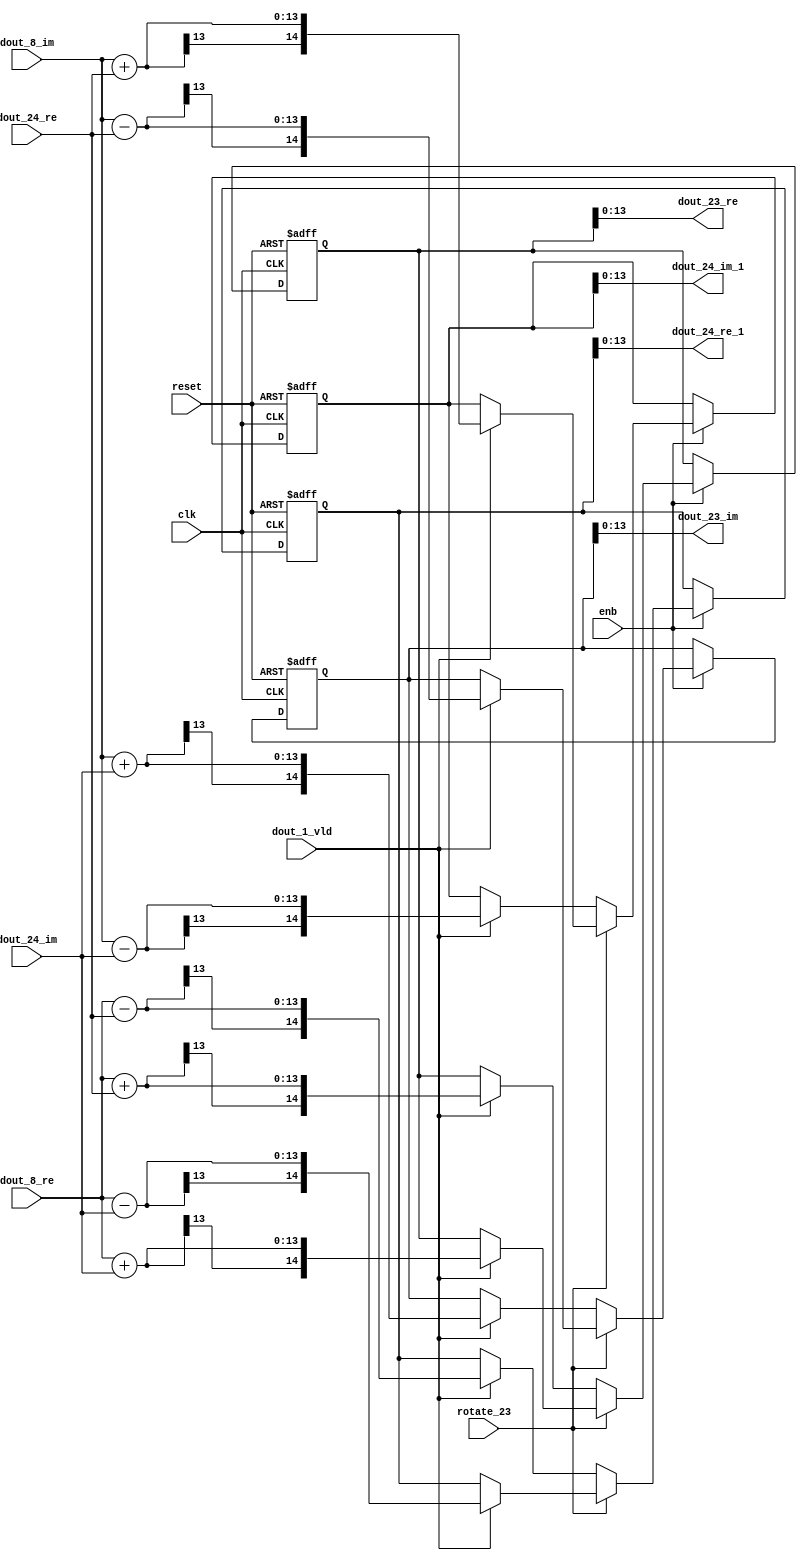
// -------------------------------------------------------------
// 
// 
// Generated by MATLAB 9.14 and HDL Coder 4.1
// 
// -------------------------------------------------------------


// -------------------------------------------------------------
// 
// Module: RADIX22FFT_SDNF2_2_block10
// Source Path: RSP/RSP/Velocity Processor/Doppler Processing/Doppler Processor/FFT/RADIX22FFT_SDNF2_2
// Hierarchy Level: 5
// 
// -------------------------------------------------------------

`timescale 1 ns / 1 ns

module RADIX22FFT_SDNF2_2_block10
          (clk,
           reset,
           enb,
           rotate_23,
           dout_8_re,
           dout_8_im,
           dout_24_re,
           dout_24_im,
           dout_1_vld,
           dout_23_re,
           dout_23_im,
           dout_24_re_1,
           dout_24_im_1);


  input   clk;
  input   reset;
  input   enb;
  input   rotate_23;  // ufix1
  input   signed [12:0] dout_8_re;  // sfix13_En10
  input   signed [12:0] dout_8_im;  // sfix13_En10
  input   signed [12:0] dout_24_re;  // sfix13_En10
  input   signed [12:0] dout_24_im;  // sfix13_En10
  input   dout_1_vld;
  output  signed [13:0] dout_23_re;  // sfix14_En10
  output  signed [13:0] dout_23_im;  // sfix14_En10
  output  signed [13:0] dout_24_re_1;  // sfix14_En10
  output  signed [13:0] dout_24_im_1;  // sfix14_En10


  wire signed [13:0] din1_re;  // sfix14_En10
  wire signed [13:0] din1_im;  // sfix14_En10
  wire signed [13:0] din2_re;  // sfix14_En10
  wire signed [13:0] din2_im;  // sfix14_En10
  reg  Radix22ButterflyG2_NF_din_vld_dly;
  reg signed [14:0] Radix22ButterflyG2_NF_btf1_re_reg;  // sfix15
  reg signed [14:0] Radix22ButterflyG2_NF_btf1_im_reg;  // sfix15
  reg signed [14:0] Radix22ButterflyG2_NF_btf2_re_reg;  // sfix15
  reg signed [14:0] Radix22ButterflyG2_NF_btf2_im_reg;  // sfix15
  reg  Radix22ButterflyG2_NF_din_vld_dly_next;
  reg signed [14:0] Radix22ButterflyG2_NF_btf1_re_reg_next;  // sfix15_En10
  reg signed [14:0] Radix22ButterflyG2_NF_btf1_im_reg_next;  // sfix15_En10
  reg signed [14:0] Radix22ButterflyG2_NF_btf2_re_reg_next;  // sfix15_En10
  reg signed [14:0] Radix22ButterflyG2_NF_btf2_im_reg_next;  // sfix15_En10
  reg signed [13:0] dout_23_re_1;  // sfix14_En10
  reg signed [13:0] dout_23_im_1;  // sfix14_En10
  reg signed [13:0] dout_24_re_2;  // sfix14_En10
  reg signed [13:0] dout_24_im_2;  // sfix14_En10
  reg  dout_2_vld;
  reg signed [14:0] Radix22ButterflyG2_NF_add_cast;  // sfix15_En10
  reg signed [14:0] Radix22ButterflyG2_NF_add_cast_0;  // sfix15_En10
  reg signed [14:0] Radix22ButterflyG2_NF_add_cast_1;  // sfix15_En10
  reg signed [14:0] Radix22ButterflyG2_NF_add_cast_2;  // sfix15_En10
  reg signed [14:0] Radix22ButterflyG2_NF_sub_cast;  // sfix15_En10
  reg signed [14:0] Radix22ButterflyG2_NF_sub_cast_0;  // sfix15_En10
  reg signed [14:0] Radix22ButterflyG2_NF_sub_cast_1;  // sfix15_En10
  reg signed [14:0] Radix22ButterflyG2_NF_sub_cast_2;  // sfix15_En10
  reg signed [14:0] Radix22ButterflyG2_NF_add_cast_3;  // sfix15_En10
  reg signed [14:0] Radix22ButterflyG2_NF_add_cast_4;  // sfix15_En10
  reg signed [14:0] Radix22ButterflyG2_NF_add_cast_5;  // sfix15_En10
  reg signed [14:0] Radix22ButterflyG2_NF_add_cast_6;  // sfix15_En10
  reg signed [14:0] Radix22ButterflyG2_NF_sub_cast_3;  // sfix15_En10
  reg signed [14:0] Radix22ButterflyG2_NF_sub_cast_4;  // sfix15_En10
  reg signed [14:0] Radix22ButterflyG2_NF_sub_cast_5;  // sfix15_En10
  reg signed [14:0] Radix22ButterflyG2_NF_sub_cast_6;  // sfix15_En10


  assign din1_re = {dout_8_re[12], dout_8_re};



  assign din1_im = {dout_8_im[12], dout_8_im};



  assign din2_re = {dout_24_re[12], dout_24_re};



  assign din2_im = {dout_24_im[12], dout_24_im};



  // Radix22ButterflyG2_NF
  always @(posedge clk or posedge reset)
    begin : Radix22ButterflyG2_NF_process
      if (reset == 1'b1) begin
        Radix22ButterflyG2_NF_din_vld_dly <= 1'b0;
        Radix22ButterflyG2_NF_btf1_re_reg <= 15'sb000000000000000;
        Radix22ButterflyG2_NF_btf1_im_reg <= 15'sb000000000000000;
        Radix22ButterflyG2_NF_btf2_re_reg <= 15'sb000000000000000;
        Radix22ButterflyG2_NF_btf2_im_reg <= 15'sb000000000000000;
      end
      else begin
        if (enb) begin
          Radix22ButterflyG2_NF_din_vld_dly <= Radix22ButterflyG2_NF_din_vld_dly_next;
          Radix22ButterflyG2_NF_btf1_re_reg <= Radix22ButterflyG2_NF_btf1_re_reg_next;
          Radix22ButterflyG2_NF_btf1_im_reg <= Radix22ButterflyG2_NF_btf1_im_reg_next;
          Radix22ButterflyG2_NF_btf2_re_reg <= Radix22ButterflyG2_NF_btf2_re_reg_next;
          Radix22ButterflyG2_NF_btf2_im_reg <= Radix22ButterflyG2_NF_btf2_im_reg_next;
        end
      end
    end

  always @(Radix22ButterflyG2_NF_btf1_im_reg, Radix22ButterflyG2_NF_btf1_re_reg,
       Radix22ButterflyG2_NF_btf2_im_reg, Radix22ButterflyG2_NF_btf2_re_reg,
       Radix22ButterflyG2_NF_din_vld_dly, din1_im, din1_re, din2_im, din2_re,
       dout_1_vld, rotate_23) begin
    Radix22ButterflyG2_NF_add_cast_1 = 15'sb000000000000000;
    Radix22ButterflyG2_NF_add_cast_2 = 15'sb000000000000000;
    Radix22ButterflyG2_NF_sub_cast_1 = 15'sb000000000000000;
    Radix22ButterflyG2_NF_sub_cast_2 = 15'sb000000000000000;
    Radix22ButterflyG2_NF_add_cast_5 = 15'sb000000000000000;
    Radix22ButterflyG2_NF_add_cast_6 = 15'sb000000000000000;
    Radix22ButterflyG2_NF_sub_cast_5 = 15'sb000000000000000;
    Radix22ButterflyG2_NF_sub_cast_6 = 15'sb000000000000000;
    Radix22ButterflyG2_NF_add_cast = 15'sb000000000000000;
    Radix22ButterflyG2_NF_add_cast_0 = 15'sb000000000000000;
    Radix22ButterflyG2_NF_sub_cast = 15'sb000000000000000;
    Radix22ButterflyG2_NF_sub_cast_0 = 15'sb000000000000000;
    Radix22ButterflyG2_NF_add_cast_3 = 15'sb000000000000000;
    Radix22ButterflyG2_NF_add_cast_4 = 15'sb000000000000000;
    Radix22ButterflyG2_NF_sub_cast_3 = 15'sb000000000000000;
    Radix22ButterflyG2_NF_sub_cast_4 = 15'sb000000000000000;
    Radix22ButterflyG2_NF_btf1_re_reg_next = Radix22ButterflyG2_NF_btf1_re_reg;
    Radix22ButterflyG2_NF_btf1_im_reg_next = Radix22ButterflyG2_NF_btf1_im_reg;
    Radix22ButterflyG2_NF_btf2_re_reg_next = Radix22ButterflyG2_NF_btf2_re_reg;
    Radix22ButterflyG2_NF_btf2_im_reg_next = Radix22ButterflyG2_NF_btf2_im_reg;
    Radix22ButterflyG2_NF_din_vld_dly_next = dout_1_vld;
    if (rotate_23 != 1'b0) begin
      if (dout_1_vld) begin
        Radix22ButterflyG2_NF_add_cast_1 = {din1_re[13], din1_re};
        Radix22ButterflyG2_NF_add_cast_2 = {din2_im[13], din2_im};
        Radix22ButterflyG2_NF_btf1_re_reg_next = Radix22ButterflyG2_NF_add_cast_1 + Radix22ButterflyG2_NF_add_cast_2;
        Radix22ButterflyG2_NF_sub_cast_1 = {din1_re[13], din1_re};
        Radix22ButterflyG2_NF_sub_cast_2 = {din2_im[13], din2_im};
        Radix22ButterflyG2_NF_btf2_re_reg_next = Radix22ButterflyG2_NF_sub_cast_1 - Radix22ButterflyG2_NF_sub_cast_2;
        Radix22ButterflyG2_NF_add_cast_5 = {din1_im[13], din1_im};
        Radix22ButterflyG2_NF_add_cast_6 = {din2_re[13], din2_re};
        Radix22ButterflyG2_NF_btf2_im_reg_next = Radix22ButterflyG2_NF_add_cast_5 + Radix22ButterflyG2_NF_add_cast_6;
        Radix22ButterflyG2_NF_sub_cast_5 = {din1_im[13], din1_im};
        Radix22ButterflyG2_NF_sub_cast_6 = {din2_re[13], din2_re};
        Radix22ButterflyG2_NF_btf1_im_reg_next = Radix22ButterflyG2_NF_sub_cast_5 - Radix22ButterflyG2_NF_sub_cast_6;
      end
    end
    else if (dout_1_vld) begin
      Radix22ButterflyG2_NF_add_cast = {din1_re[13], din1_re};
      Radix22ButterflyG2_NF_add_cast_0 = {din2_re[13], din2_re};
      Radix22ButterflyG2_NF_btf1_re_reg_next = Radix22ButterflyG2_NF_add_cast + Radix22ButterflyG2_NF_add_cast_0;
      Radix22ButterflyG2_NF_sub_cast = {din1_re[13], din1_re};
      Radix22ButterflyG2_NF_sub_cast_0 = {din2_re[13], din2_re};
      Radix22ButterflyG2_NF_btf2_re_reg_next = Radix22ButterflyG2_NF_sub_cast - Radix22ButterflyG2_NF_sub_cast_0;
      Radix22ButterflyG2_NF_add_cast_3 = {din1_im[13], din1_im};
      Radix22ButterflyG2_NF_add_cast_4 = {din2_im[13], din2_im};
      Radix22ButterflyG2_NF_btf1_im_reg_next = Radix22ButterflyG2_NF_add_cast_3 + Radix22ButterflyG2_NF_add_cast_4;
      Radix22ButterflyG2_NF_sub_cast_3 = {din1_im[13], din1_im};
      Radix22ButterflyG2_NF_sub_cast_4 = {din2_im[13], din2_im};
      Radix22ButterflyG2_NF_btf2_im_reg_next = Radix22ButterflyG2_NF_sub_cast_3 - Radix22ButterflyG2_NF_sub_cast_4;
    end
    dout_23_re_1 = Radix22ButterflyG2_NF_btf1_re_reg[13:0];
    dout_23_im_1 = Radix22ButterflyG2_NF_btf1_im_reg[13:0];
    dout_24_re_2 = Radix22ButterflyG2_NF_btf2_re_reg[13:0];
    dout_24_im_2 = Radix22ButterflyG2_NF_btf2_im_reg[13:0];
    dout_2_vld = Radix22ButterflyG2_NF_din_vld_dly;
  end



  assign dout_23_re = dout_23_re_1;

  assign dout_23_im = dout_23_im_1;

  assign dout_24_re_1 = dout_24_re_2;

  assign dout_24_im_1 = dout_24_im_2;

endmodule  // RADIX22FFT_SDNF2_2_block10